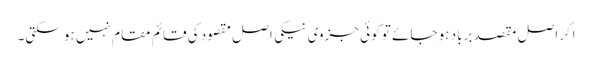
اگر اصل مقصد برباد ہو جائے تو کوئی جزوی نیکی اصل مقصود کی قائم مقام نہیں ہو سکتی۔